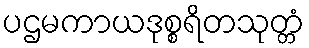
ပဌမကာယဒုစ္စရိတသုတ္တံ